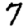
Digit: 7